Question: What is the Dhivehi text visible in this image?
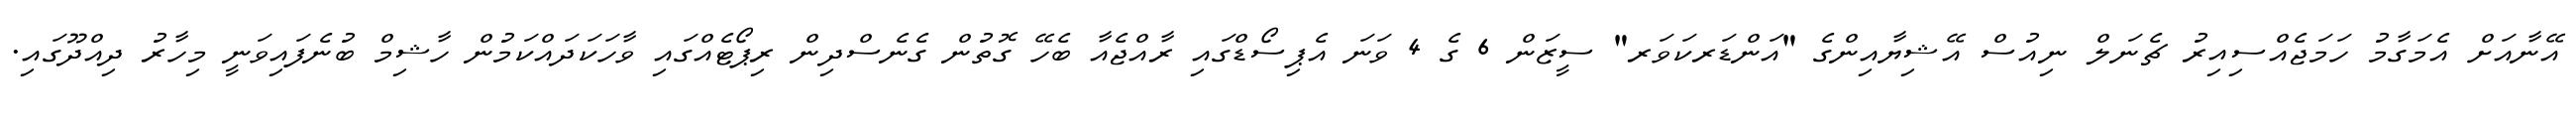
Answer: އޭނާއަށް އެމަގާމު ހަމަޖެއްސިއިރު ޗެނަލް ނިއުސް އޭޝިޔާއިންގެ "އަންޑަރކަވަރ" ސީޒަން 6 ގެ 4 ވަނަ އެޕިސޯޑްގައި ރާއްޖެއާ ބެހޭ ގޮތުން ގެނެސްދިން ރިޕޯޓެއްގައި ވާހަކަދައްކަމުން ހާޝިމް ބުނެފައިވަނީ މިހާރު ދިއްދޫގައި.